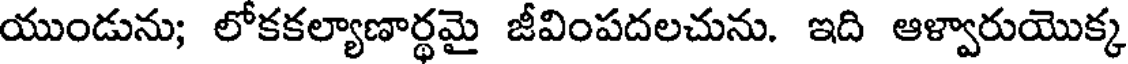
యుండును; లోకకల్యాణార్థమై జీవింపదలచును. ఇది ఆళ్వారుయొక్క